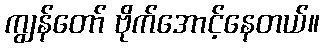
ကျွန်တော် ဗိုက်အောင့်နေတယ်။